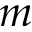
m